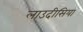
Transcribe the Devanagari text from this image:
लाउदीसिया